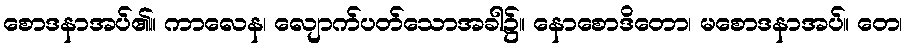
စောဒနာအပ်၏။ ကာလေန၊ လျောက်ပတ်သောအခါ၌။ နောစောဒိတော၊ မစောဒနာအပ်။ တေ၊